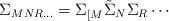
LaTeX: \begin{align*}\Sigma_{MNR\ldots}=\Sigma_{[M}\tilde\Sigma_{N}\Sigma_{R}\cdots\end{align*}